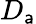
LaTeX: D_{\mathsf{a}}